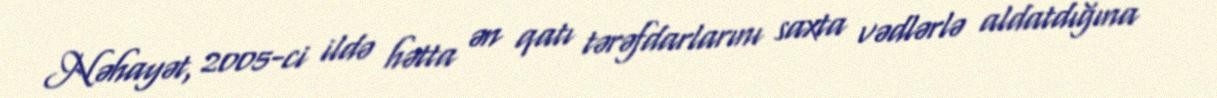
Nəhayət, 2005-ci ildə hətta ən qatı tərəfdarlarını saxta vədlərlə aldatdığına